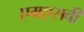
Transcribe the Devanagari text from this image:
एमएसवी